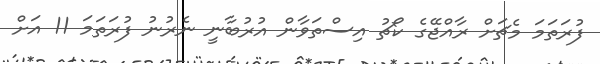
ފުރަތަމަ މެޗަށް ރާއްޖޭގެ ކޯޗު އިސްތަވާން އުރުބާނީ ނެރުނު ފުރަތަމަ 11 އަށް